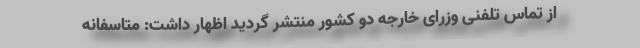
از تماس تلفنی وزرای خارجه دو کشور منتشر گردید اظهار داشت: متاسفانه